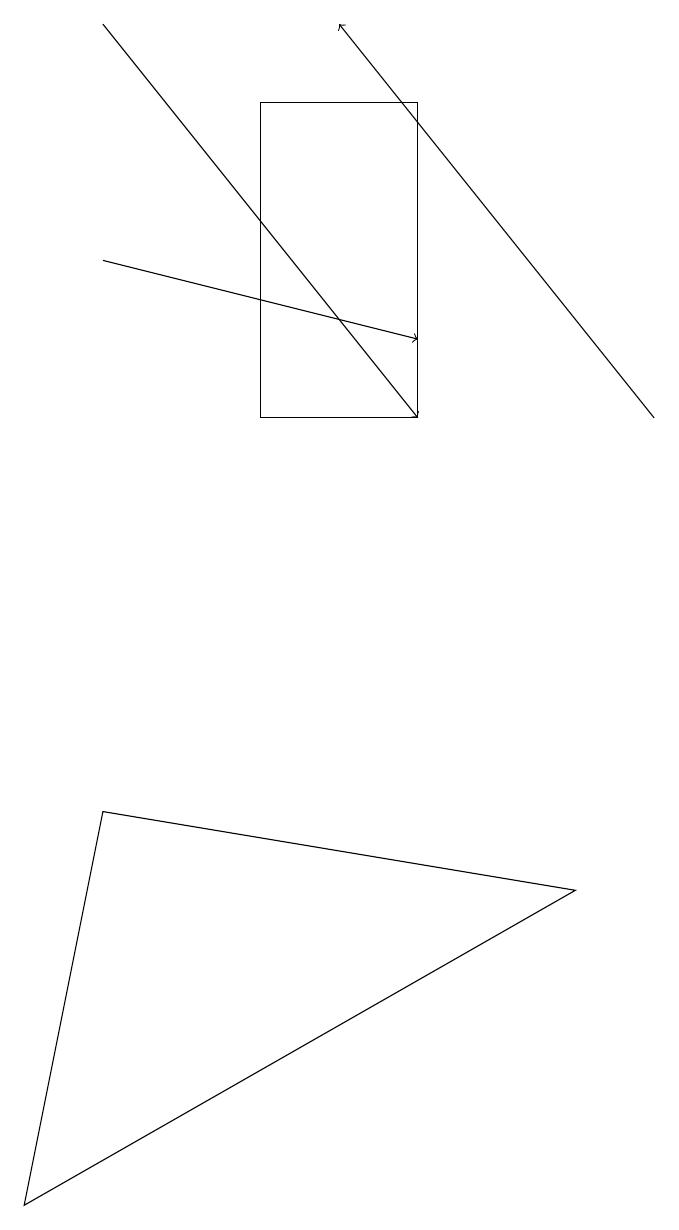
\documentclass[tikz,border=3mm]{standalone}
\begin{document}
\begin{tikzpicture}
\draw[->] (9,11) -- (5,16);
\draw (1,1) -- (2,6) -- (8,5) -- cycle;
\draw[->] (2,13) -- (6,12);
\draw[->] (2,16) -- (6,11);
\draw (6,15) rectangle (4,11);
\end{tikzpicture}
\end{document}